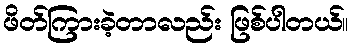
ဖိတ်ကြားခဲ့တာလည်း ဖြစ်ပါတယ်။